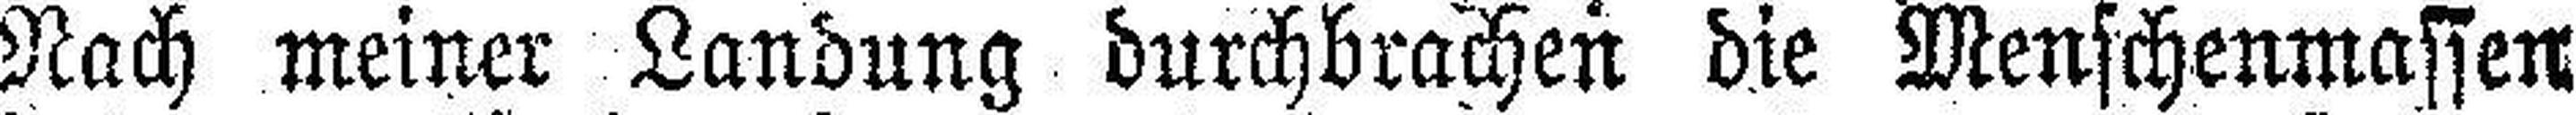
Nach meiner Landung durchbrachen die Menschenmassen